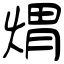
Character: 煟